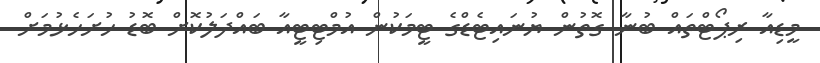
މީޑިއާ ރިޕޯޓްތައް ބުނާ ގޮތުން ޔުނައިޓެޑްގެ ޓީމަކުން އުމްޓިޓީއާ ބައްދަލުކޮށް ބޮޑު ހުށަހެޅުމަށް